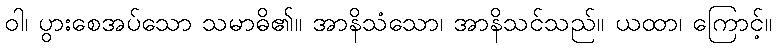
ဝါ၊ ပွားစေအပ်သော သမာဓိ၏။ အာနိသံသော၊ အာနိသင်သည်။ ယထာ၊ ကြောင့်။